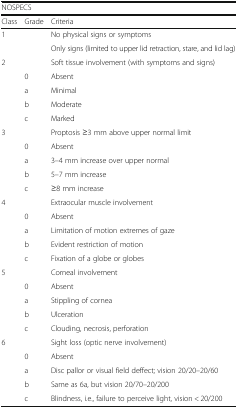
<table><thead><tr><td colspan="3"><b>NOSPECS</b></td></tr><tr><td><b>Class</b></td><td><b>Grade</b></td><td><b>Criteria</b></td></tr></thead><tbody><tr><td rowspan="2">1</td><td></td><td>No physical signs or symptoms</td></tr><tr><td></td><td>Only signs (limited to upper lid retraction, stare, and lid lag)</td></tr><tr><td rowspan="5">2</td><td></td><td>Soft tissue involvement (with symptoms and signs)</td></tr><tr><td>0</td><td>Absent</td></tr><tr><td>a</td><td>Minimal</td></tr><tr><td>b</td><td>Moderate</td></tr><tr><td>c</td><td>Marked</td></tr><tr><td rowspan="5">3</td><td></td><td>Proptosis ≥3 mm above upper normal limit</td></tr><tr><td>0</td><td>Absent</td></tr><tr><td>a</td><td>3–4 mm increase over upper normal</td></tr><tr><td>b</td><td>5–7 mm increase</td></tr><tr><td>c</td><td>≥8 mm increase</td></tr><tr><td rowspan="5">4</td><td></td><td>Extraocular muscle involvement</td></tr><tr><td>0</td><td>Absent</td></tr><tr><td>a</td><td>Limitation of motion extremes of gaze</td></tr><tr><td>b</td><td>Evident restriction of motion</td></tr><tr><td>c</td><td>Fixation of a globe or globes</td></tr><tr><td rowspan="5">5</td><td></td><td>Corneal involvement</td></tr><tr><td>0</td><td>Absent</td></tr><tr><td>a</td><td>Stippling of cornea</td></tr><tr><td>b</td><td>Ulceration</td></tr><tr><td>c</td><td>Clouding, necrosis, perforation</td></tr><tr><td rowspan="5">6</td><td></td><td>Sight loss (optic nerve involvement)</td></tr><tr><td>0</td><td>Absent</td></tr><tr><td>a</td><td>Disc pallor or visual field deffect; vision 20/20–20/60</td></tr><tr><td>b</td><td>Same as 6﻿a, but vision 20/70–20/200</td></tr><tr><td>c</td><td>Blindness, i.e., failure to perceive light, vision &lt; 20/200</td></tr></tbody></table>